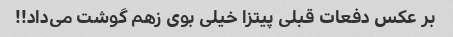
بر عکس دفعات قبلی پیتزا خیلی بوی زهم گوشت می‌داد!!